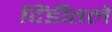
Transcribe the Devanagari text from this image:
दिंडीतले